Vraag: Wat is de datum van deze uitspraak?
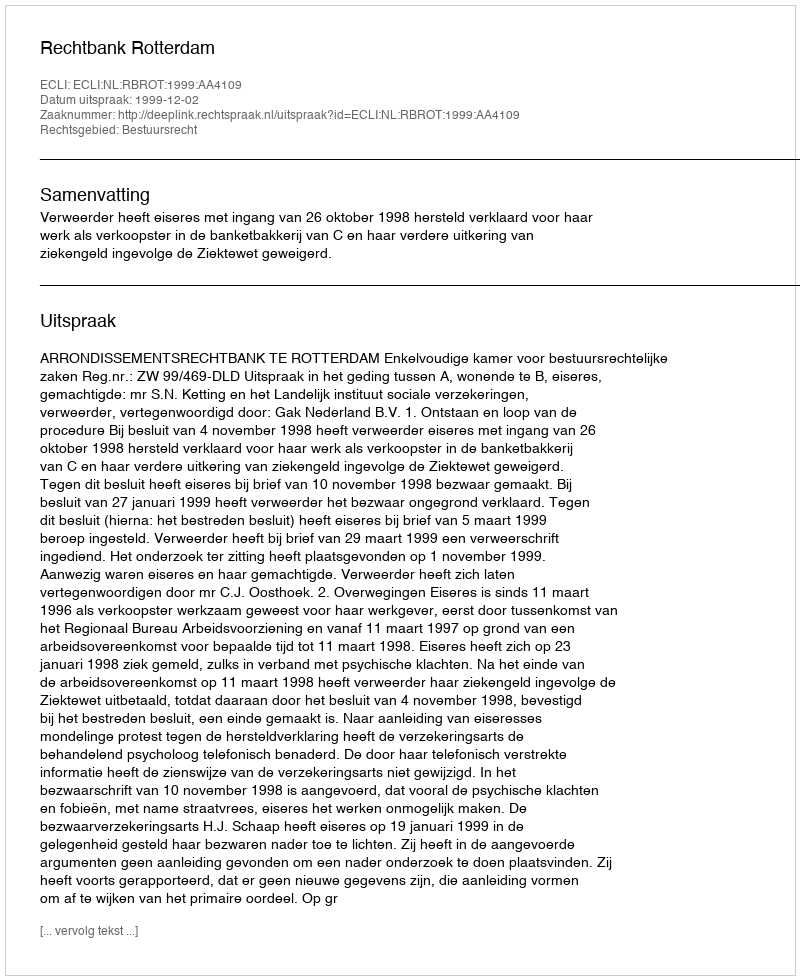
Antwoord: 1999-12-02